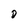
Character: D